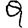
Digit: 9